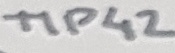
Text: TIP42